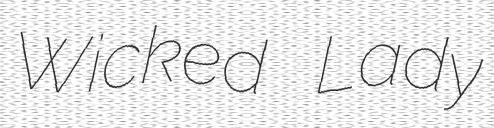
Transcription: Wicked Lady